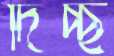
দিচ্ছ